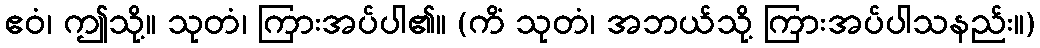
ဧဝံ၊ ဤသို့။ သုတံ၊ ကြားအပ်ပါ၏။ (ကိံ သုတံ၊ အဘယ်သို့ ကြားအပ်ပါသနည်း။)